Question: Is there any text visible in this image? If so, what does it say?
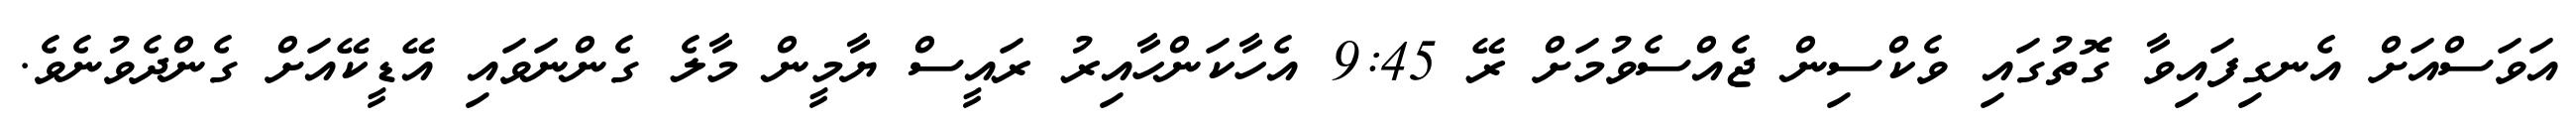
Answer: އަވަސްއަށް އެނގިފައިވާ ގޮތުގައި ވެކްސިން ޖެއްސެވުމަށް ރޭ 9:45 އެހާކަންހާއިރު ރައީސް ޔާމީން މާލެ ގެންނަވައި އޭޑީކޭއަށް ގެންދެވުނެވެ.